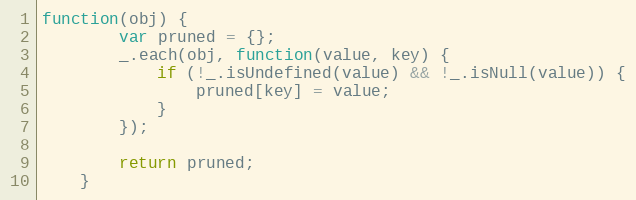
Language: JavaScript
function(obj) {
        var pruned = {};
        _.each(obj, function(value, key) {
            if (!_.isUndefined(value) && !_.isNull(value)) {
                pruned[key] = value;
            }
        });

        return pruned;
    }